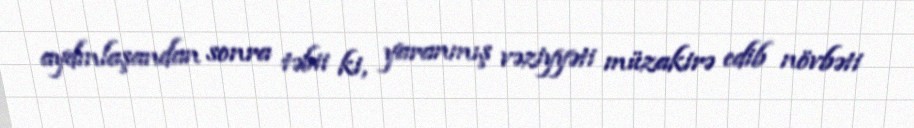
aydınlaşandan sonra təbii ki, yaranmış vəziyyəti müzakirə edib növbəti